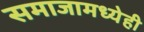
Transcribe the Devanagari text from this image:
समाजामध्येही